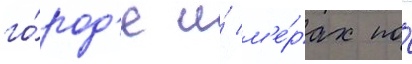
го́род'е и́ м'е́рах по́